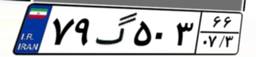
۸۰گ۳۲۸۶۰